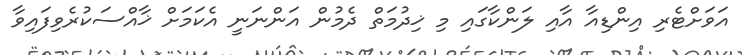
އަވަށްޓެރި އިންޑިއާ އާއި ލަންކާގައި މި ޚިދުމަތް ދެމުން އަންނަނީ އެކަމަށް ޚާއްސަކުރެވިފައިވާ